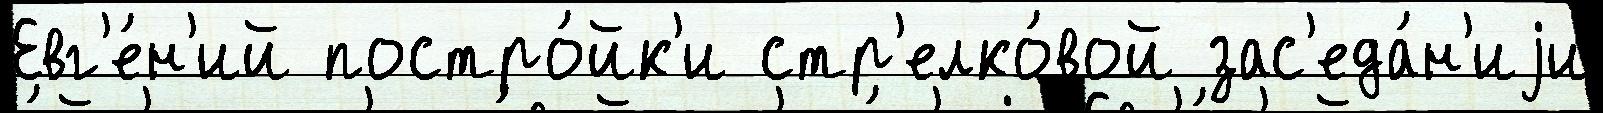
Евг'е́н'ий постро́йк'и стр'елко́вой зас'еда́н'иjи